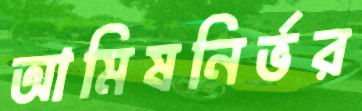
আমিষনির্ভর